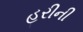
હરીની